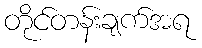
တိုင်တန်းချက်အရ